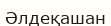
Әлдеқашан